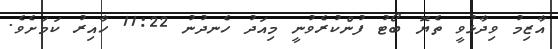
އާޒިމު ވިދާޅުވީ ތެޔޮ ބޯޓު ފުންކުރެވުނީ މިއަދު ހެނދުނު 11:22 ހާއިރު ކަމަށެވެ.